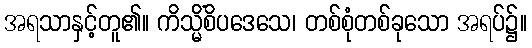
အရသာနှင့်တူ၏။ ကိသ္မိံစိပဒေသေ၊ တစ်စုံတစ်ခုသော အရပ်၌။